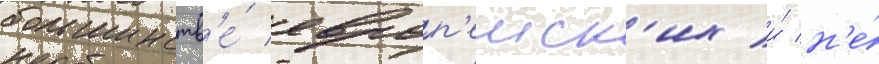
большинств'е́ европ'еиск'их и́ н'е́